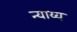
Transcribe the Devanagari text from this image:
न्‍याय्य